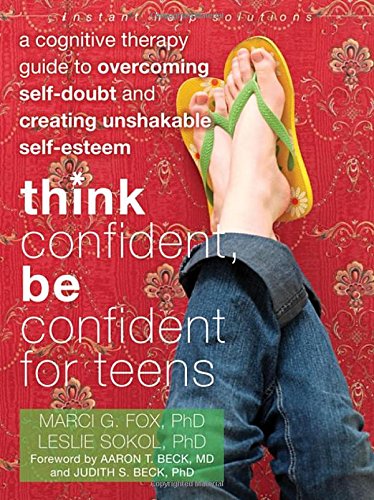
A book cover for Think Confident, Be Confident for Teens: A Cognitive Therapy Guide to Overcoming Self-Doubt and Creating Unshakable Self-Esteem (The Instant Help Solutions Series); Marci G Fox PhD; Parenting & Relationships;